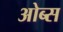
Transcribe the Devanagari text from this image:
ओब्स